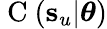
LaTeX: \mathrm{~C~}(\mathbf{s}_{u}|\boldsymbol{\theta})